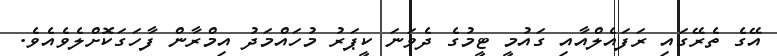
އޭގެ ތެރޭގައި ރަފައެލްއާއި ގައުމީ ޓީމުގެ ދެވަނަ ކީޕަރު މުހައްމަދު އިމްރާން ފާހަގަކޮށްލެވެއެވެ.